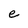
Character: e